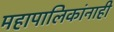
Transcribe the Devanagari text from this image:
महापालिकांनाही